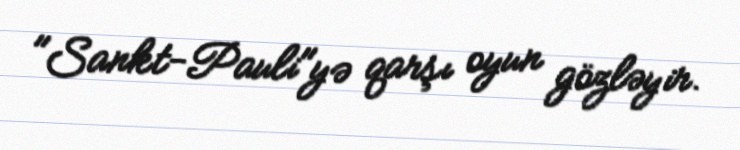
"Sankt-Pauli"yə qarşı oyun gözləyir.